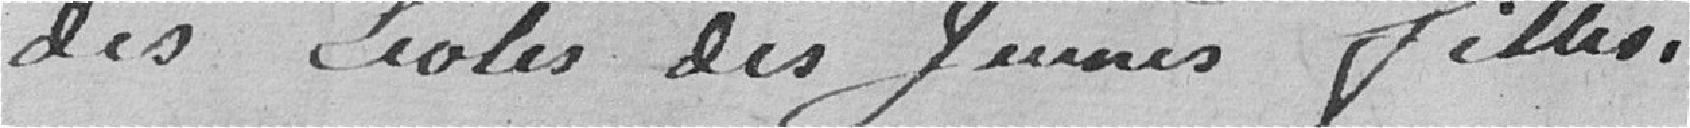
des Ecoles des Jeunes filles .